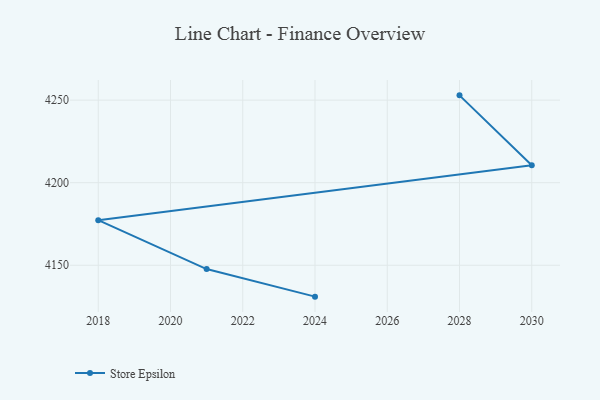
{"axis": {"x": "Year", "y": "Revenue (USD Million)"}, "legend": ["Store Epsilon"], "data": [{"x": "2028", "y": 4252.9, "type": "Store Epsilon"}, {"x": "2030", "y": 4210.6, "type": "Store Epsilon"}, {"x": "2018", "y": 4177.3, "type": "Store Epsilon"}, {"x": "2021", "y": 4147.7, "type": "Store Epsilon"}, {"x": "2024", "y": 4131.0, "type": "Store Epsilon"}]}